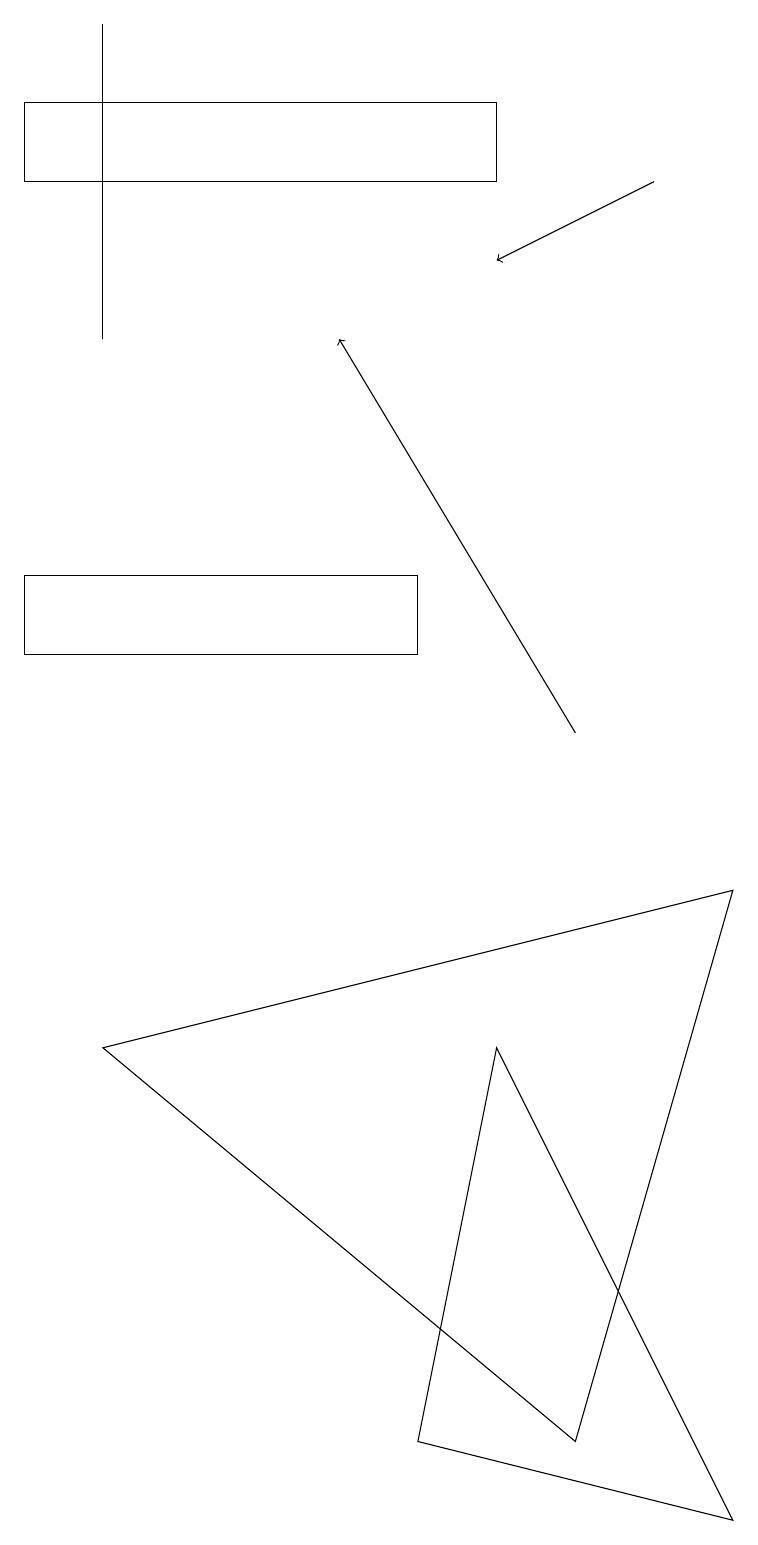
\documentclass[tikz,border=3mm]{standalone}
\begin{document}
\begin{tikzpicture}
\draw (5,1) -- (6,6) -- (9,0) -- cycle;
\draw[->] (8,17) -- (6,16);
\draw (1,19) rectangle (1,15);
\draw (0,11) rectangle (5,12);
\draw[->] (7,10) -- (4,15);
\draw (6,18) rectangle (0,17);
\draw (9,8) -- (1,6) -- (7,1) -- cycle;
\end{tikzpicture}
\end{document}